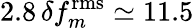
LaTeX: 2.8\, \delta f_{m}^{\mathrm{rms}}\simeq 11.5